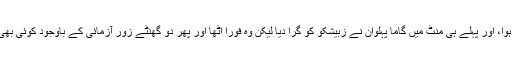
بالآخر یہ مقابلہ ہوا، اور پہلے ہی منٹ میں گاما پہلوان نے زبیشکو کو گرا دیا لیکن وہ فورا اٹھا اور پھر دو گھنٹے زور آزمائی کے باوجود کوئی بھی فاتح نہ ہو سکا۔